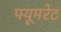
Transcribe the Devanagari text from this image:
फ्यूमरेट